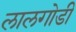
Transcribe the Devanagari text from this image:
लालगोडी